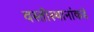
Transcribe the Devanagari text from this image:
वस्तीस्थानांकडे